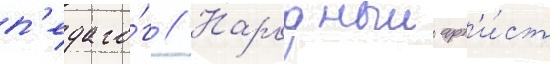
п'едаго́г // Народныи арт'и́ст